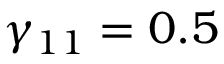
\gamma _ { 1 1 } = 0 . 5